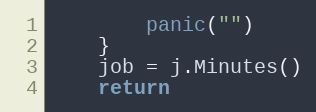
Language: Go
		panic("")
	}
	job = j.Minutes()
	return